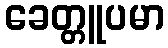
ခေတ္တူပမာ